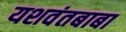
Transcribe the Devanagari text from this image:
यशवंतबाबा